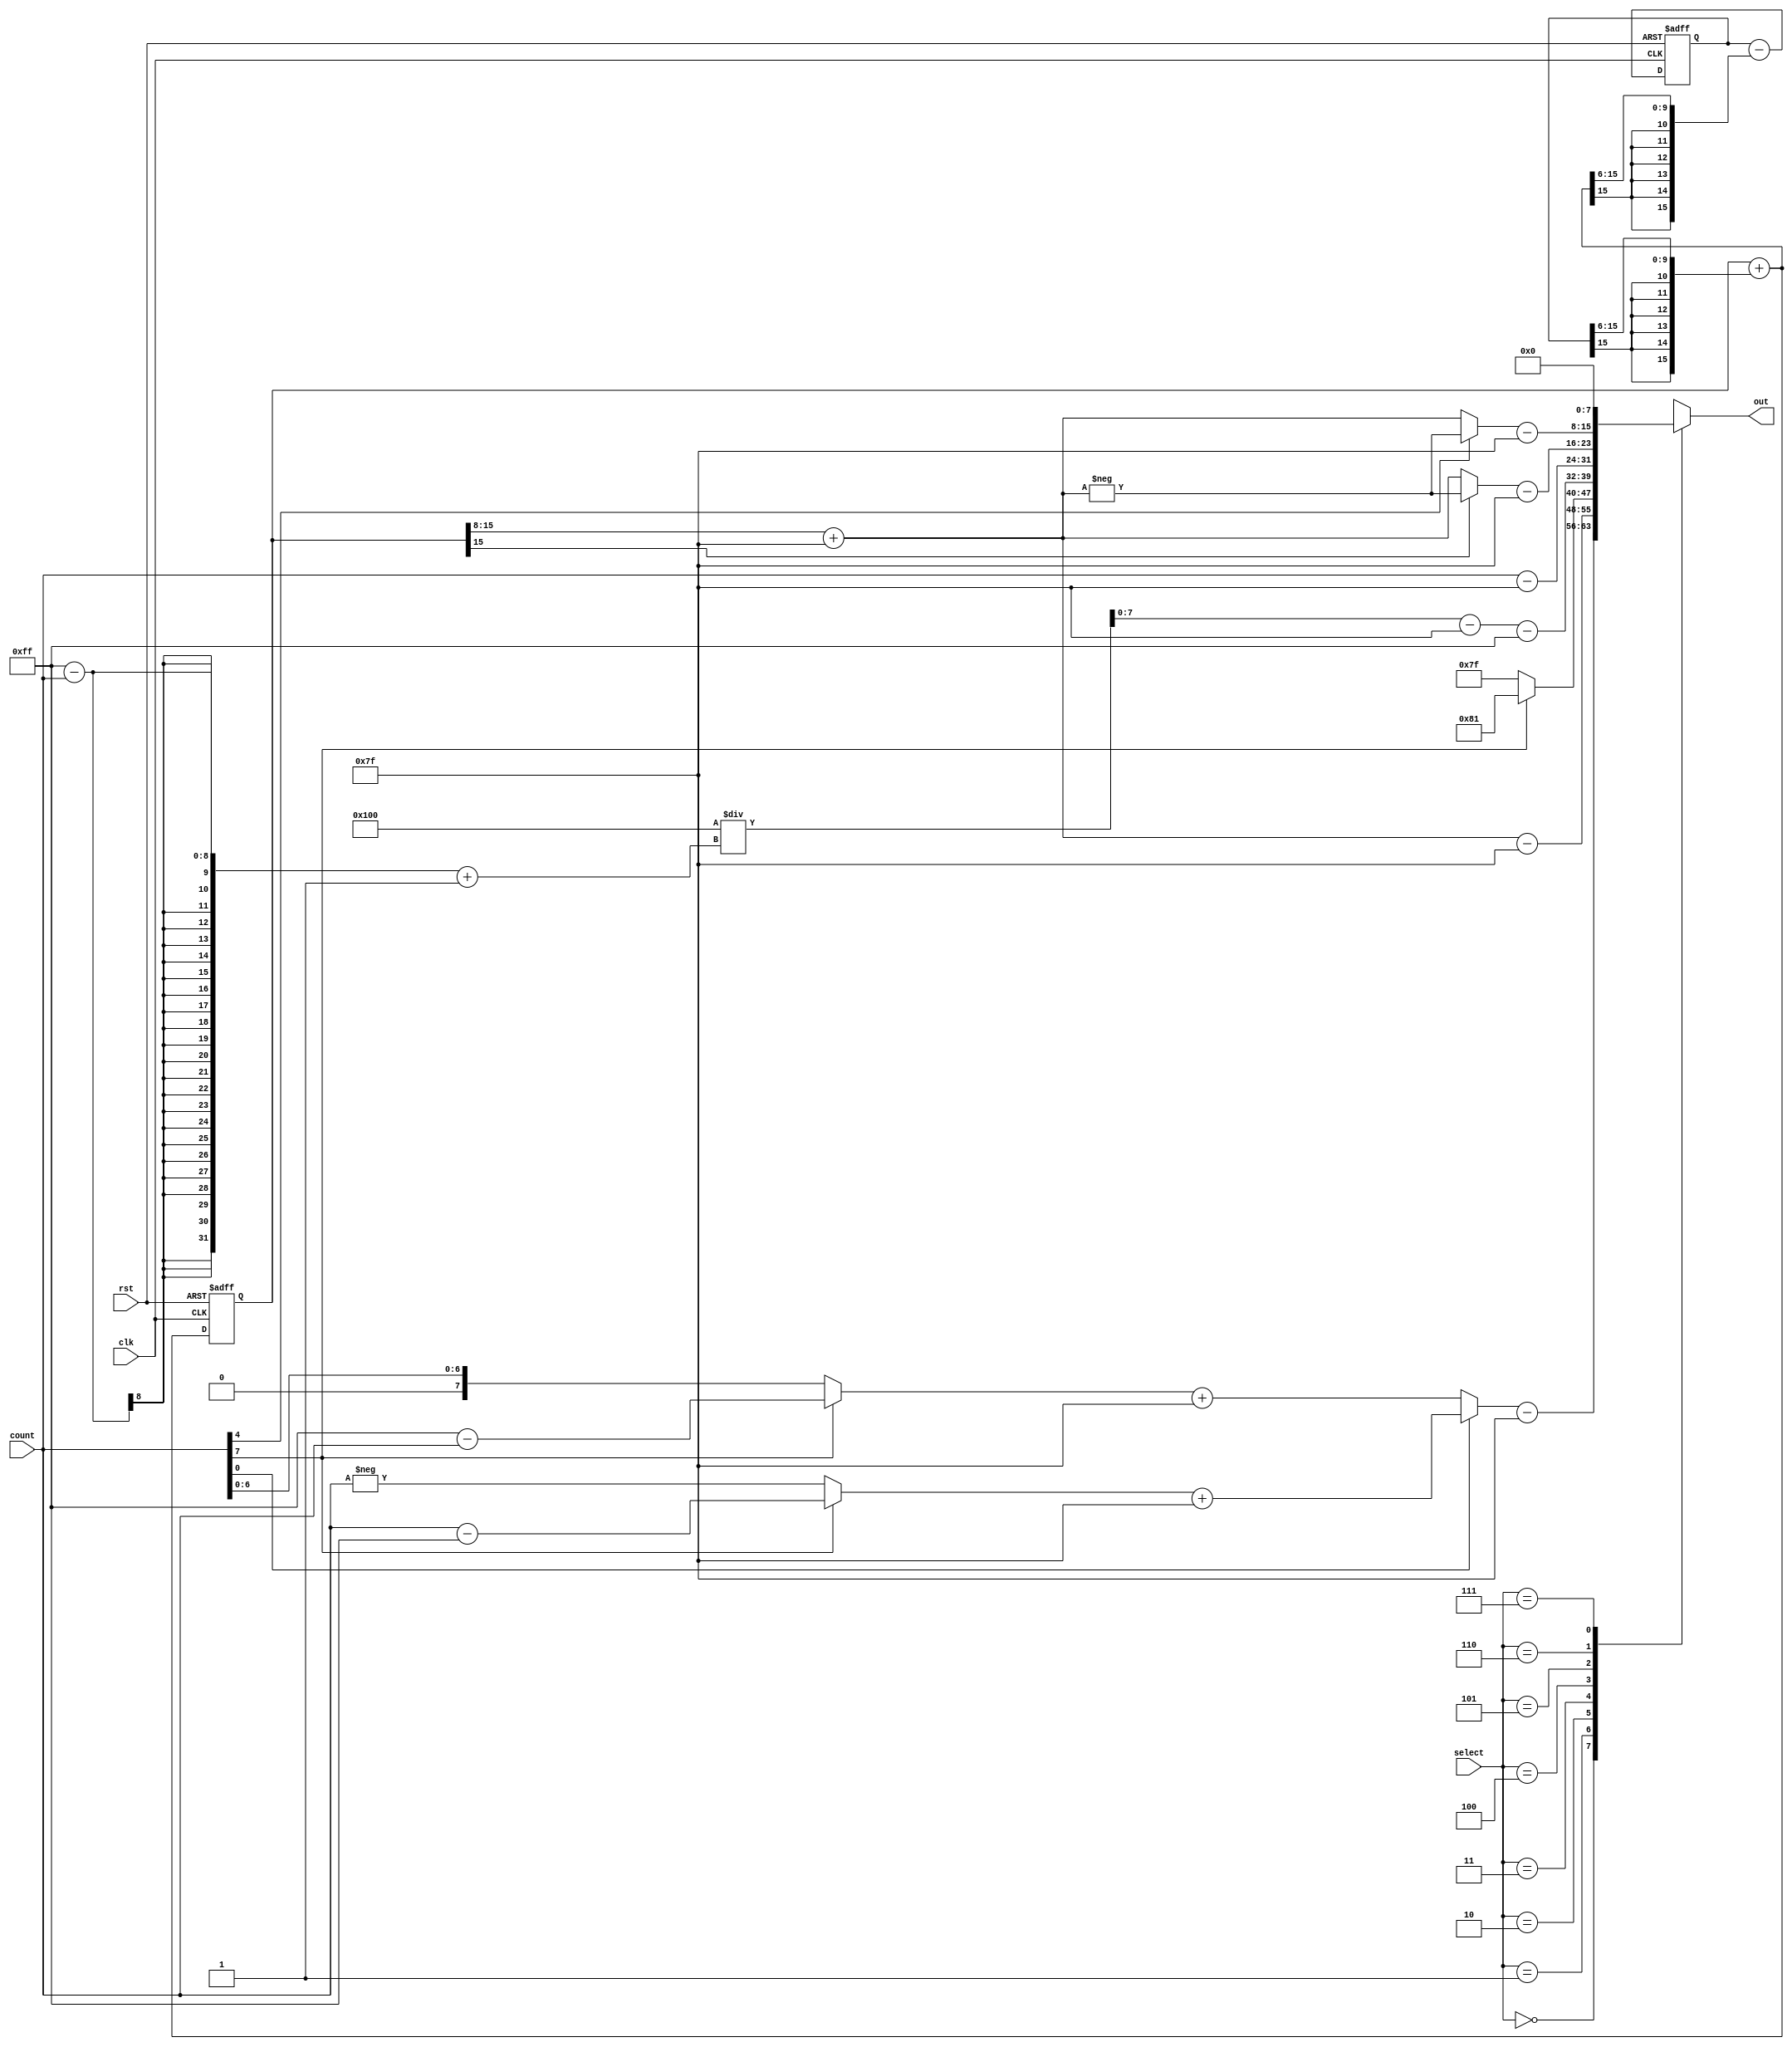
`timescale 1ns/1ns
module Processor(clk, rst, select, count, out);
    input clk, rst;
    input [2:0] select;
    input [7:0] count;
    output reg [7:0] out;
    reg [7:0] rhomboid, square, saw_tooth, rectified, modulated, reciprocal;
  
    reg [7:0] up_trig, down_trig;
    always @(count) begin
        {up_trig, down_trig} = 16'b0000_0000_0000_0000;
        if (count[7] == 1'b0) begin
            up_trig = count;
            down_trig = -count;
        end
        else 
        begin
            up_trig = 8'b1111_1111 - count;
            down_trig = count - 8'b1111_1111;
        end
    end

    always @(count or up_trig or down_trig) begin
        rhomboid = 8'b0000_0000;
        if (count[0] == 1'b0)
            rhomboid = up_trig + 8'b0111_1111;
        else
            rhomboid = down_trig + 8'b0111_1111;
    end

    always @(count) begin
        square = -127;
        if (count[7] == 1'b0)
            square = 127;
    end

    always @(count) begin
        saw_tooth = count;
    end

    always @(count) begin
        reciprocal = 256 / (8'b11111111 - count + 8'b00000001) - 127;
    end
  
    reg [15:0] sine, cosine, next_sine, next_cosine;

    always @(sine or cosine) begin
        next_sine = sine + {{6{cosine[15]}}, cosine[15:6]};
    end

    always @(next_sine or cosine) begin
        next_cosine = cosine - {{6{next_sine[15]}}, next_sine[15:6]};
    end

    always @(posedge clk or posedge rst) begin
        if (rst == 1'b1) begin
            sine <= 16'b0000_0000_0000_0000;
            cosine <= 16'b0111_0101_0011_0000;
        end
        
        else 
        begin
            sine <= next_sine;
            cosine <= next_cosine;
        end
    end

    reg [7:0] sine_shifted;
    always @(sine) begin
        sine_shifted = sine[15:8] + 127;
    end

    always @(sine or sine_shifted) begin
        rectified = 8'b00000000;
        if (sine[15] == 1'b0)
            rectified = sine_shifted;
        else
            rectified = -sine_shifted;
    end

    always @(count or sine_shifted) begin
        modulated = 8'b00000000;
        if (count[4] == 1'b0)
            modulated = sine_shifted;
        else
            modulated = -sine_shifted;
    end

    always @(rhomboid or sine_shifted or square or reciprocal
            or saw_tooth or rectified or modulated
            or select) 
    begin
        out = 8'b00000000;
        case (select)
            3'b000: out = rhomboid - 127;
            3'b001: out = sine_shifted - 127;
            3'b010: out = square;
            3'b011: out = reciprocal - 255;
            3'b100: out = saw_tooth - 127;
            3'b101: out = rectified - 127;
            3'b110: out = modulated - 127;
            3'b111: out = 8'b00000000;
        endcase
    end
endmodule